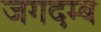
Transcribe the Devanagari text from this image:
जगदम्ब